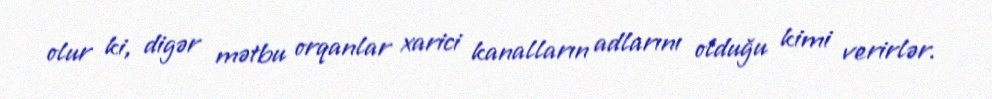
olur ki, digər mətbu orqanlar xarici kanalların adlarını olduğu kimi verirlər.